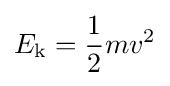
E_{\mathrm {k} }={\frac {1}{2}}mv^{2}